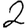
Digit: 2